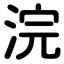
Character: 浣